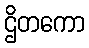
ဌိတကော